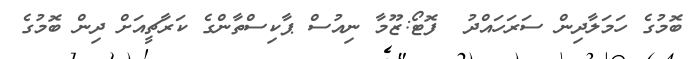
ބޮމުގެ ހަމަލާދިން ސަރަހައްދު  ފޮޓޯ:ޒޫމާ ނިއުސް ޕާކިސްތާންގެ ކަރާޗީއަށް ދިން ބޮމުގެ